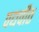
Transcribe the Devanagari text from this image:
पद्यपीठ